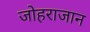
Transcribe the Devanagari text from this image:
जोहराजान